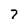
Character: 7